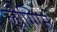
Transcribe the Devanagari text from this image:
लौग्गिंस